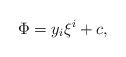
\begin{align*}\Phi=y_i\xi^i+c,\end{align*}